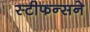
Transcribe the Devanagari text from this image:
स्टीफन्सने